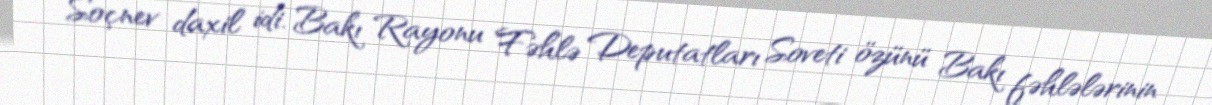
Soçnev daxil idi. Bakı Rayonu Fəhlə Deputatları Soveti özünü Bakı fəhlələrinin